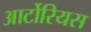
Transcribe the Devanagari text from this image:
आर्टोरियस